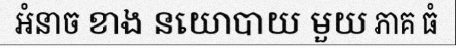
អំនាច ខាង នយោបាយ មួយ ភាគ ធំ